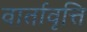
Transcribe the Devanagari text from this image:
वार्तावृत्ति